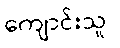
ကျောင်းသူ/